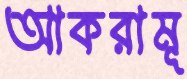
আকরামূ